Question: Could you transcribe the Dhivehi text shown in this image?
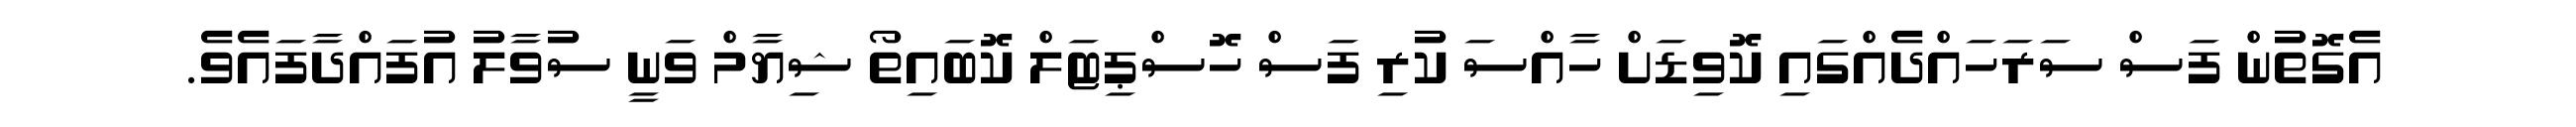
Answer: އެގޮތުން ފަސް ސަރަހައްދެއްގައި ކޮވިޑަށް ހާއްސަ ކުރި ފަސް ހޮސްޕިޓަލް ކޮބައިތޯ ޝިޔާމް ވަނީ ސުވާލު އުފައްދާފައެވެ.